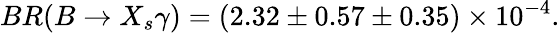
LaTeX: BR(B\rightarrow X_{s}\gamma)=(2.32\pm 0.57\pm 0.35)\times 10^{-4}.